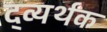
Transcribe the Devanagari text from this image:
द्व्यर्थक